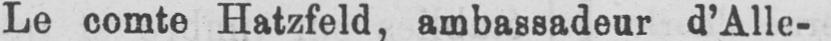
Le comte Hatzfeld, ambassadeur d’Alle-